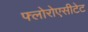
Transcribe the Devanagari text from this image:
फ्लोरोएसीटेट